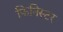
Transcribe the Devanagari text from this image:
फिनिस्टर